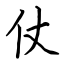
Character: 仗